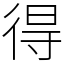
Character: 得